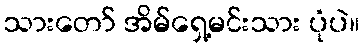
သားတော် အိမ်ရှေ့မင်းသား ပုံပဲ။